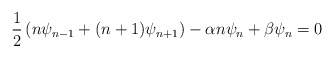
\begin{align*} \frac{1}{2}\left(n\psi_{n-1}+(n+1)\psi_{n+1}\right) -\alpha n\psi_n+\beta\psi_n=0\end{align*}